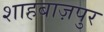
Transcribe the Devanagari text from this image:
शाहबाज़पुर